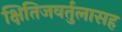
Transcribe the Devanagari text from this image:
क्षितिजवर्तुलासह